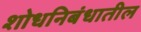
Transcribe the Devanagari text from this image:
शोधनिबंधातील